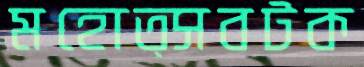
মহোত্সবটক